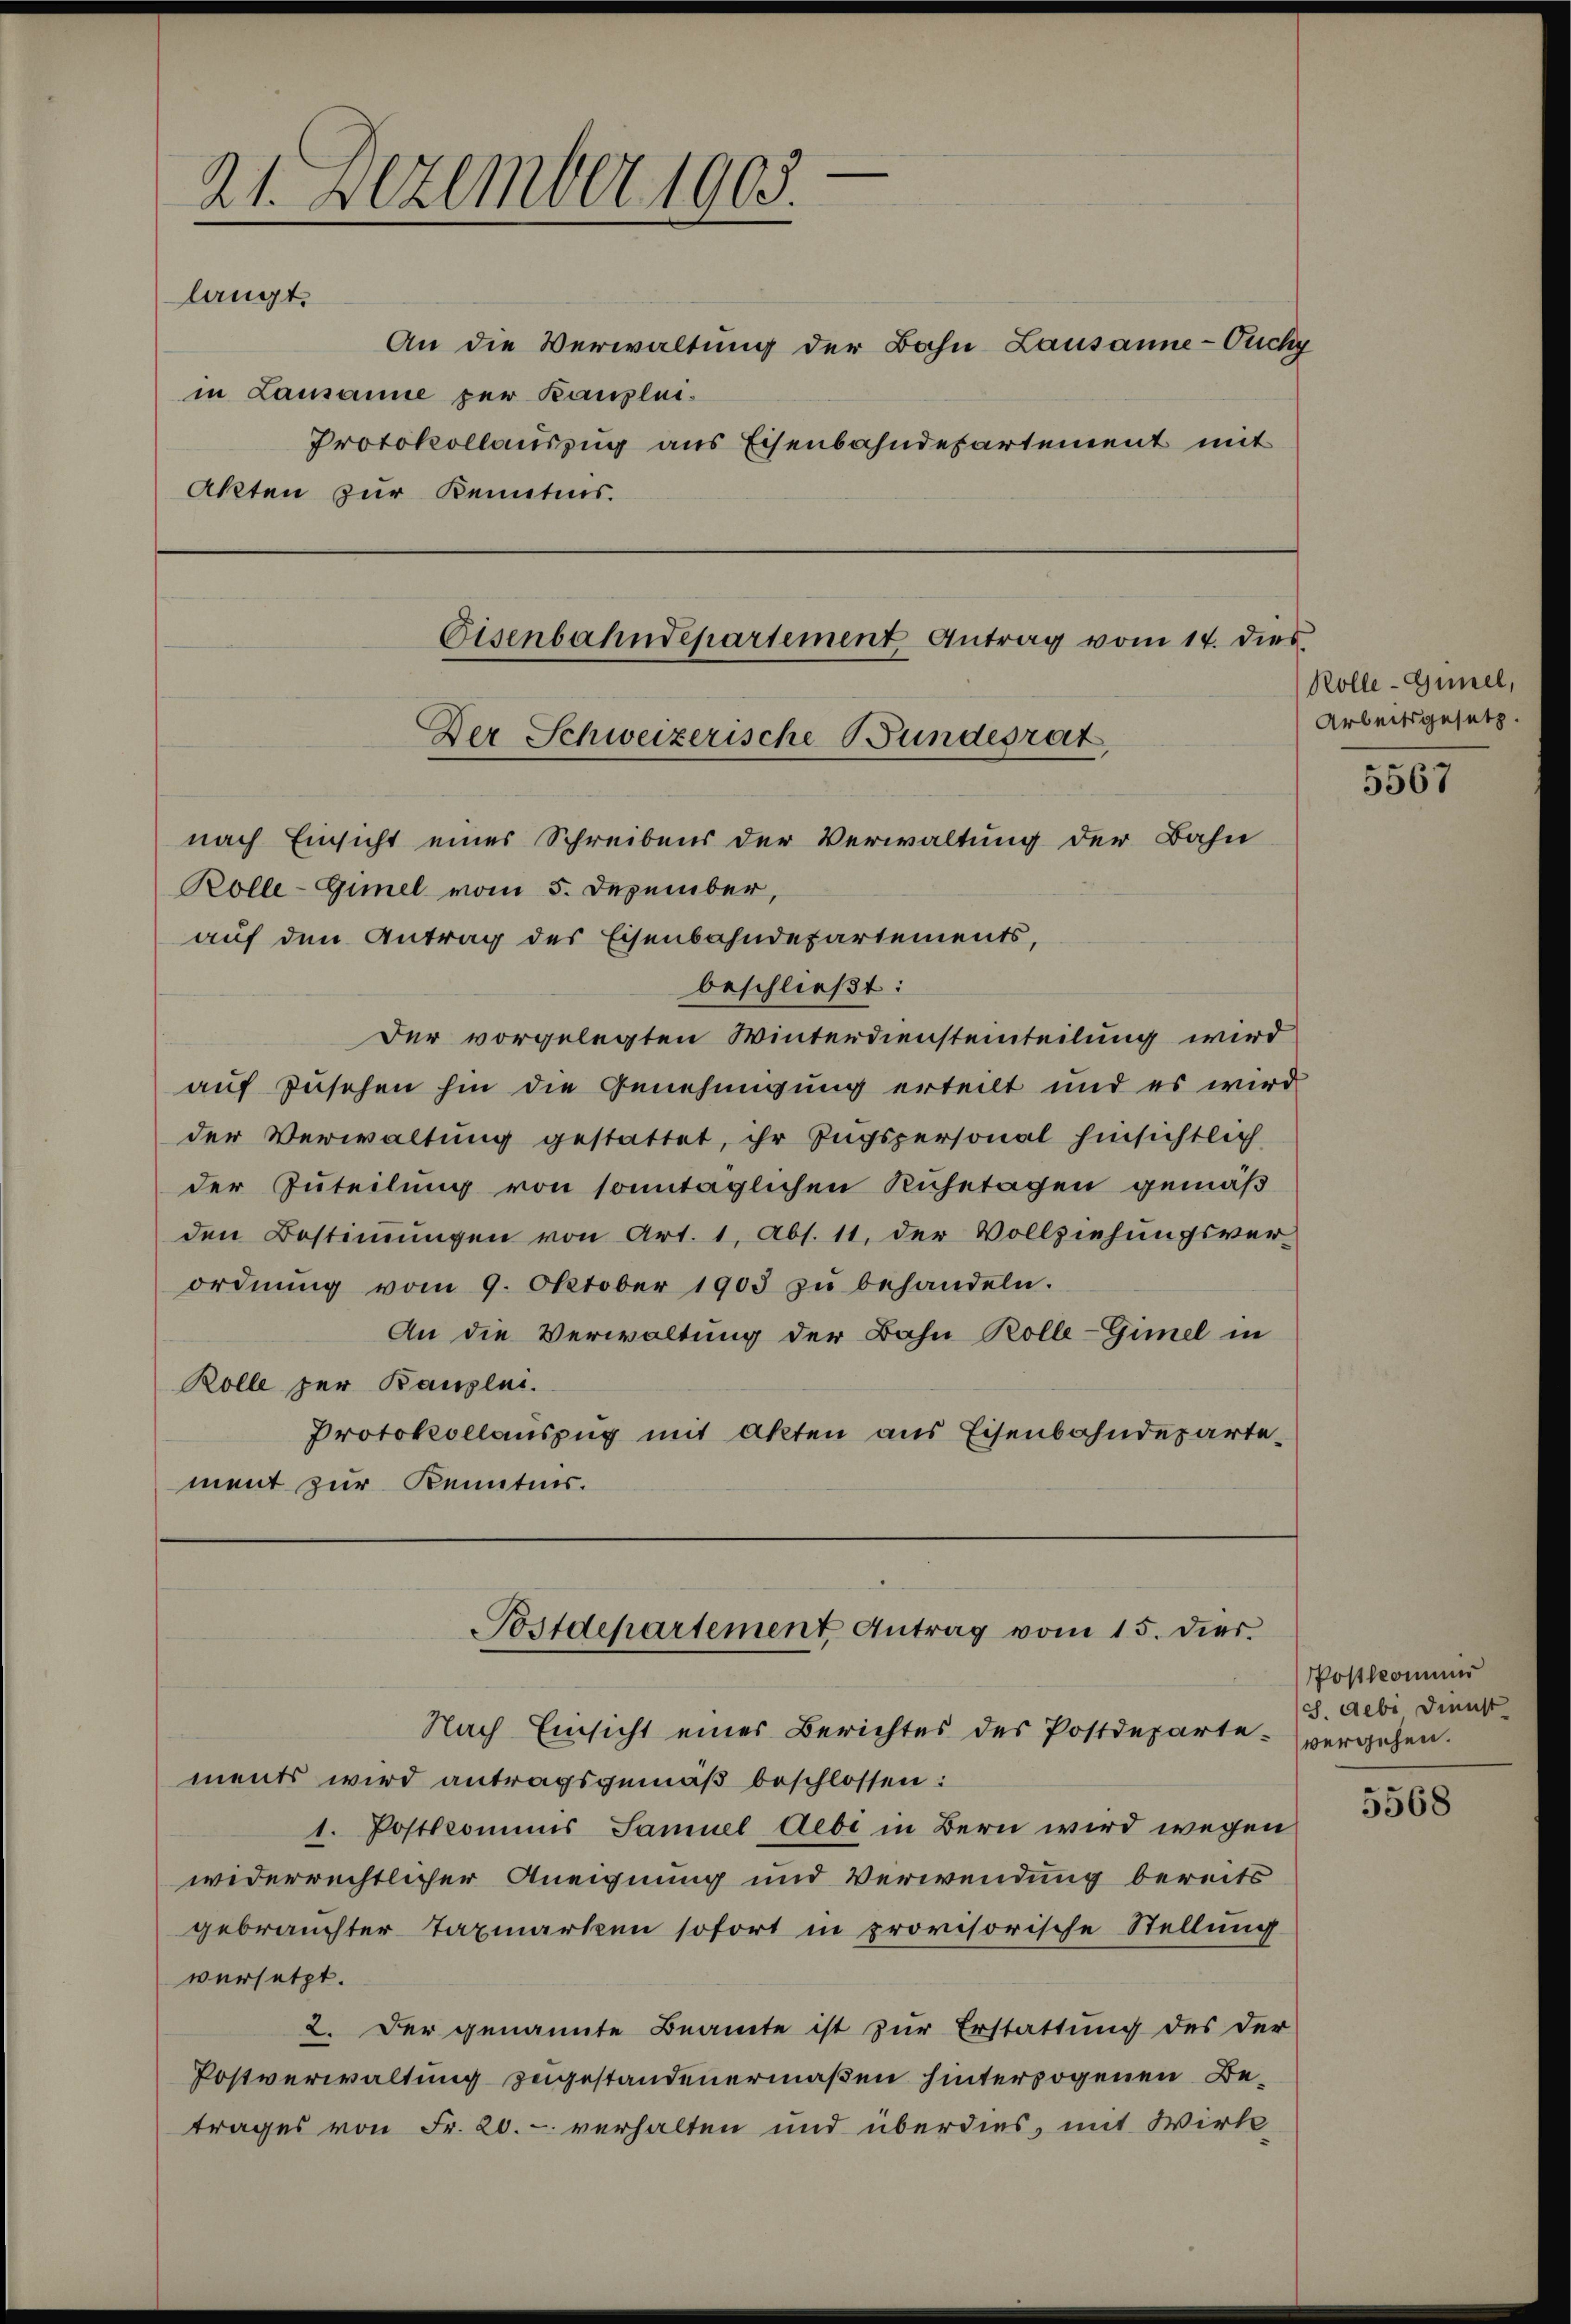
21. Dezember 1905.
langt.
An die Verwaltung der Bahn Lausanne-Ouchy
in Lausanne zur Kanzlei-
Protokollauszug aus Eisenbahndepartement mit
Akten zur Kenntnis.

Eisenbahndepartement Antrag vom 14. dies
Der Schweizerische Bundesrat

Postdepartement Antrag vom 15. dies

nach Einsicht eines Schreibens der Verwaltung der Bahn
Rolle-Gimel vom 5. Dezember,
auf den Antrag des Eisenbahndepartements,
beschließt:
Der vorgelegten Winterdiensteinteilung wird
auf Zusehen hin die Genehmigung erteilt und es wird
der Verwaltung gestattet, ihr Zugspersonal hinsichtlich
der Zuteilung von sonntaglichen Ruhetagen gemäß
den Bestimmungen von Art. 1, Abs. 11. der Vollziehungsver-
ordnŭng vom 9. Oktober 1903 zŭ behandeln.
An die Verwaltung der Bahn Rolle-Gimel in
Rolle per Banzlei.
Protokollauszug mit Akten aus Eisenbahndepartement zur Kenntnis.

Nach Einsicht eines Berichtes des Postdeparte vergehen.
ments wird antragsgemäß beschlossen:
1. Postkommis Samuel Aebi in Bern wird wegen
widerrechtlicher Aneignung und Verwendung bereits
gebrauchter Taxmarken sofort in provisorische Stellung
versetzt.
2. Der genannte Beamte ist zur Erstattung des der
Postverwaltung zugestandenermaßen hinterzogenen Betrages von Fr. 20. verhalten und überdies, mit Wirk¬

Rolle-Günel,
Arbeitsgesetz.

5567

Postkomme
S. gebe Dienst

5568